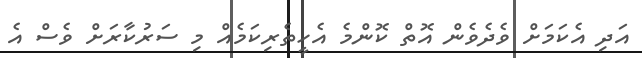
އަދި އެކަމަށް ވެދެވެން އޮތް ކޮންމެ އެހީތެރިކަމެއް މި ސަރުކާރަށް ވެސް އެ